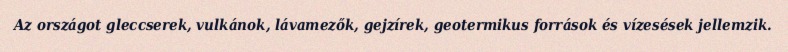
Az országot gleccserek, vulkánok, lávamezők, gejzírek, geotermikus források és vízesések jellemzik.